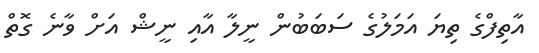
އާތިފްގެ ތިޔަ އަމަލުގެ ސަބަބުން ނީލާ އާއި ނީޝް އަށް ވާނެ ގޮތް